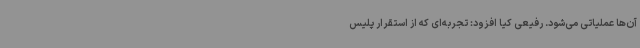
آن‌ها عملیاتی می‌شود. رفیعی کیا افزود: تجربه‌ای که از استقرار پلیس